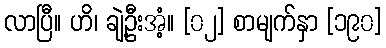
လာပြီ။ ဟိ၊ ချဲ့ဦးအံ့။ [၀၂] စာမျက်နှာ [၁၉၀]